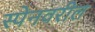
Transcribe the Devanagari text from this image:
स्पेनवरील